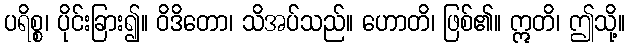
ပရိစ္စ၊ ပိုင်းခြား၍။ ဝိဒိတော၊ သိအပ်သည်။ ဟောတိ၊ ဖြစ်၏။ ဣတိ၊ ဤသို့။